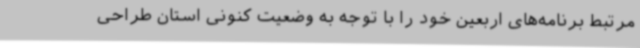
مرتبط برنامه‌های اربعین خود را با توجه به وضعیت کنونی استان طراحی